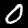
Label: 0